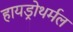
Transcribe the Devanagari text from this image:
हायड्रोथर्मल